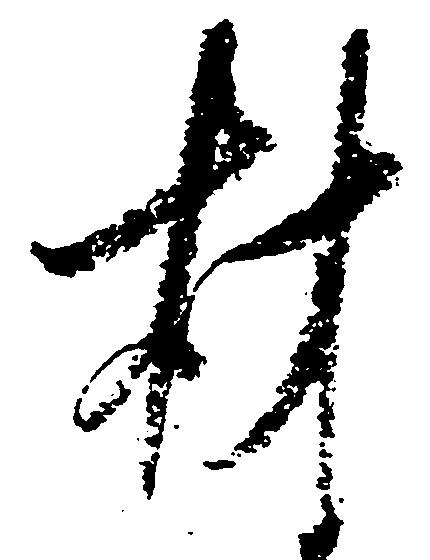
材